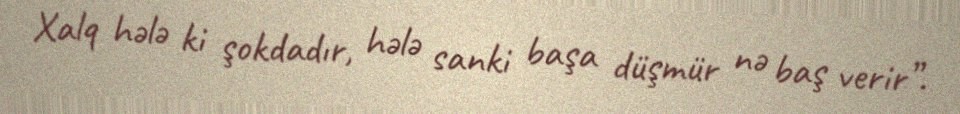
Xalq hələ ki şokdadır, hələ sanki başa düşmür nə baş verir”.